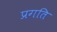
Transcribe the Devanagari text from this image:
प्रगति